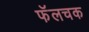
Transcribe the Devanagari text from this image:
फॅलचक